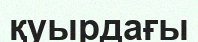
қуырдағы